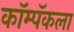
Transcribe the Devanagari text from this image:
कॉम्पॅकला